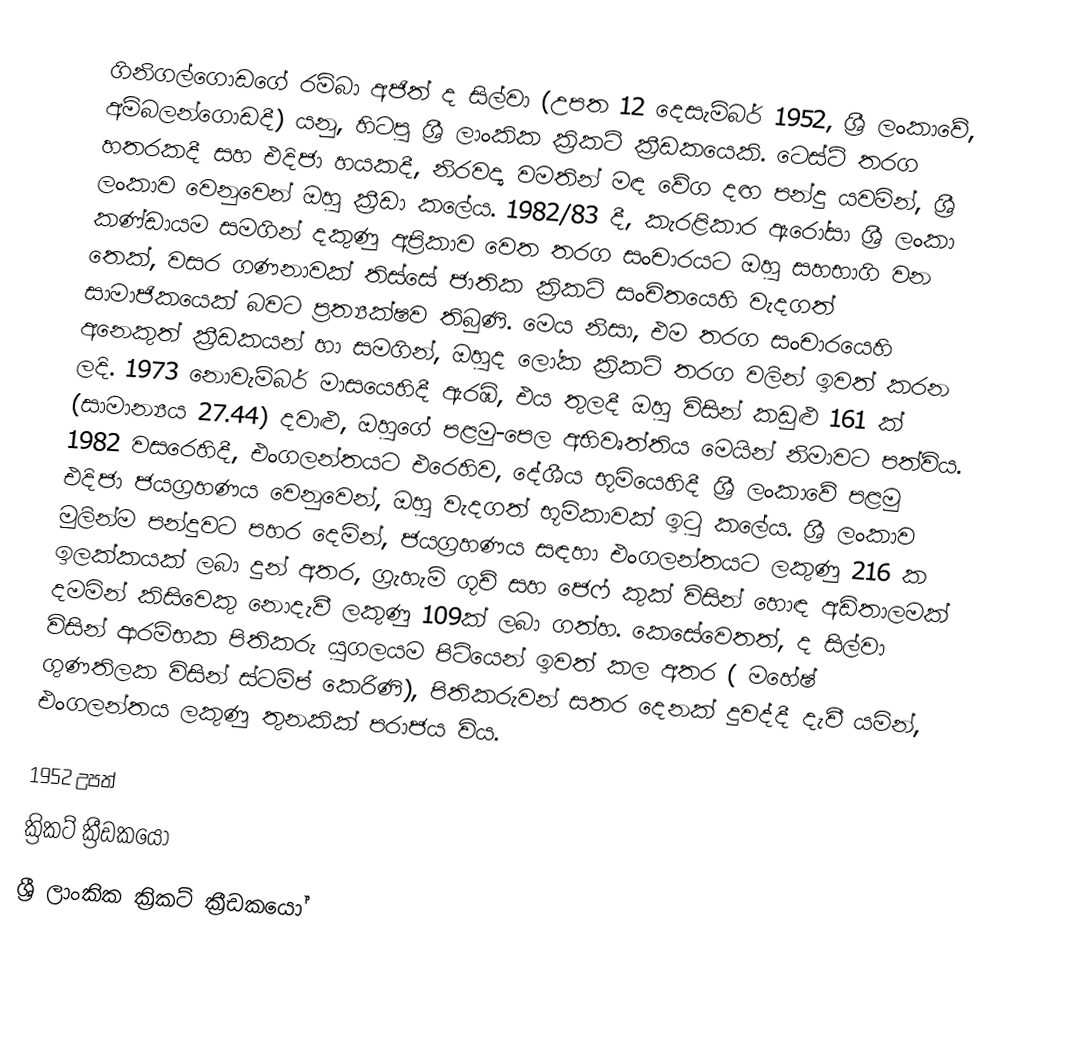
ගිනිගල්ගොඩගේ රම්බා අජිත් ද සිල්වා (උපත 12 දෙසැම්බර් 1952, ශ්‍රී ලංකාවේ,  අම්බලන්ගොඩදී) යනු,  හිටපු ශ්‍රී ලාංකික ක්‍රිකට් ක්‍රීඩකයෙකි. ටෙස්ට් තරග හතරකදී සහ එදිජා හයකදී, නිරවද්‍ය  වමතින් මඳ වේග දඟ පන්දු යවමින්, ශ්‍රී ලංකාව වෙනුවෙන් ඔහු ක්‍රීඩා කලේය. 1982/83 දී, කැරළිකාර ඇරෝසා ශ්‍රී ලංකා කණ්ඩායම සමගින්  දකුණු අප්‍රිකාව  වෙත තරග සංචාරයට ඔහු සහභාගි වන තෙක්, වසර ගණනාවක් තිස්සේ ජාතික ක්‍රිකට් සංචිතයෙහි වැදගත් සාමාජිකයෙක් බවට ප්‍රත්‍යක්ෂව තිබුණි. මෙය නිසා, එම තරග සංචාරයෙහි අනෙකුත් ක්‍රීඩකයන් හා සමගින්, ඔහුද ලෝක  ක්‍රිකට් තරග වලින් ඉවත් කරන ලදි. 1973 නොවැම්බර් මාසයෙහිදී ඇරඹි, එය තුලදී ඔහු විසින් කඩුළු 161 ක් (සාමාන්‍යය 27.44) දවාළු, ඔහුගේ පළමු-පෙල අභිවෘත්තිය මෙයින් නිමාවට පත්විය. 1982 වසරෙහිදී, එංගලන්තයට එරෙහිව,  දේශීය භූමියෙහිදී ශ්‍රී ලංකාවේ පළමු එදිජා ජයග්‍රහණය වෙනුවෙන්, ඔහු වැදගත් භූමිකාවක් ඉටු කලේය. ශ්‍රී ලංකාව මුලින්ම පන්දුවට පහර දෙමින්, ජයග්‍රහණය සඳහා එංගලන්තයට ලකුණු 216 ක ඉලක්කයක් ලබා දුන් අතර, ග්‍රැහැම් ගූච් සහ ජෙෆ් කුක් විසින් හොඳ අඩිතාලමක් දමමින් කිසිවෙකු නොදැවී ලකුණු 109ක් ලබා ගත්හ. කෙසේවෙතත්, ද සිල්වා විසින් ආරම්භක පිතිකරු යුගලයම පිටියෙන් ඉවත් කල අතර ( මහේෂ් ගුණතිලක විසින් ස්ටම්ප් කෙරිණි), පිතිකරුවන් සතර දෙනක් දුවද්දී දැවී යමින්, එංගලන්තය ලකුණු තුනකික් පරාජය විය.

1952 උපත්
ක්‍රිකට් ක්‍රීඩකයෝ
ශ්‍රී ලාංකික ක්‍රිකට් ක්‍රීඩකයෝ